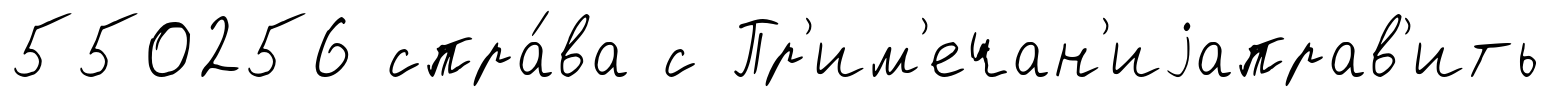
550256 спра́ва с Пр'им'ечан'иjаправ'ить